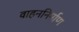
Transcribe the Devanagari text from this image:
वाहननिर्माण